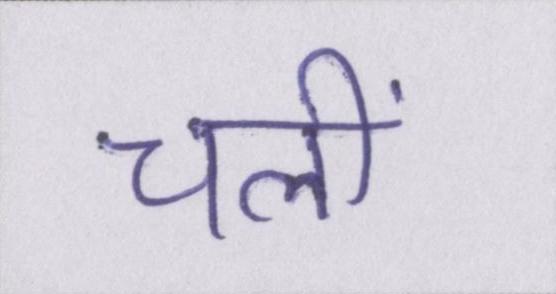
चलीं